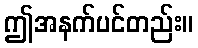
ဤအနက်ပင်တည်း။